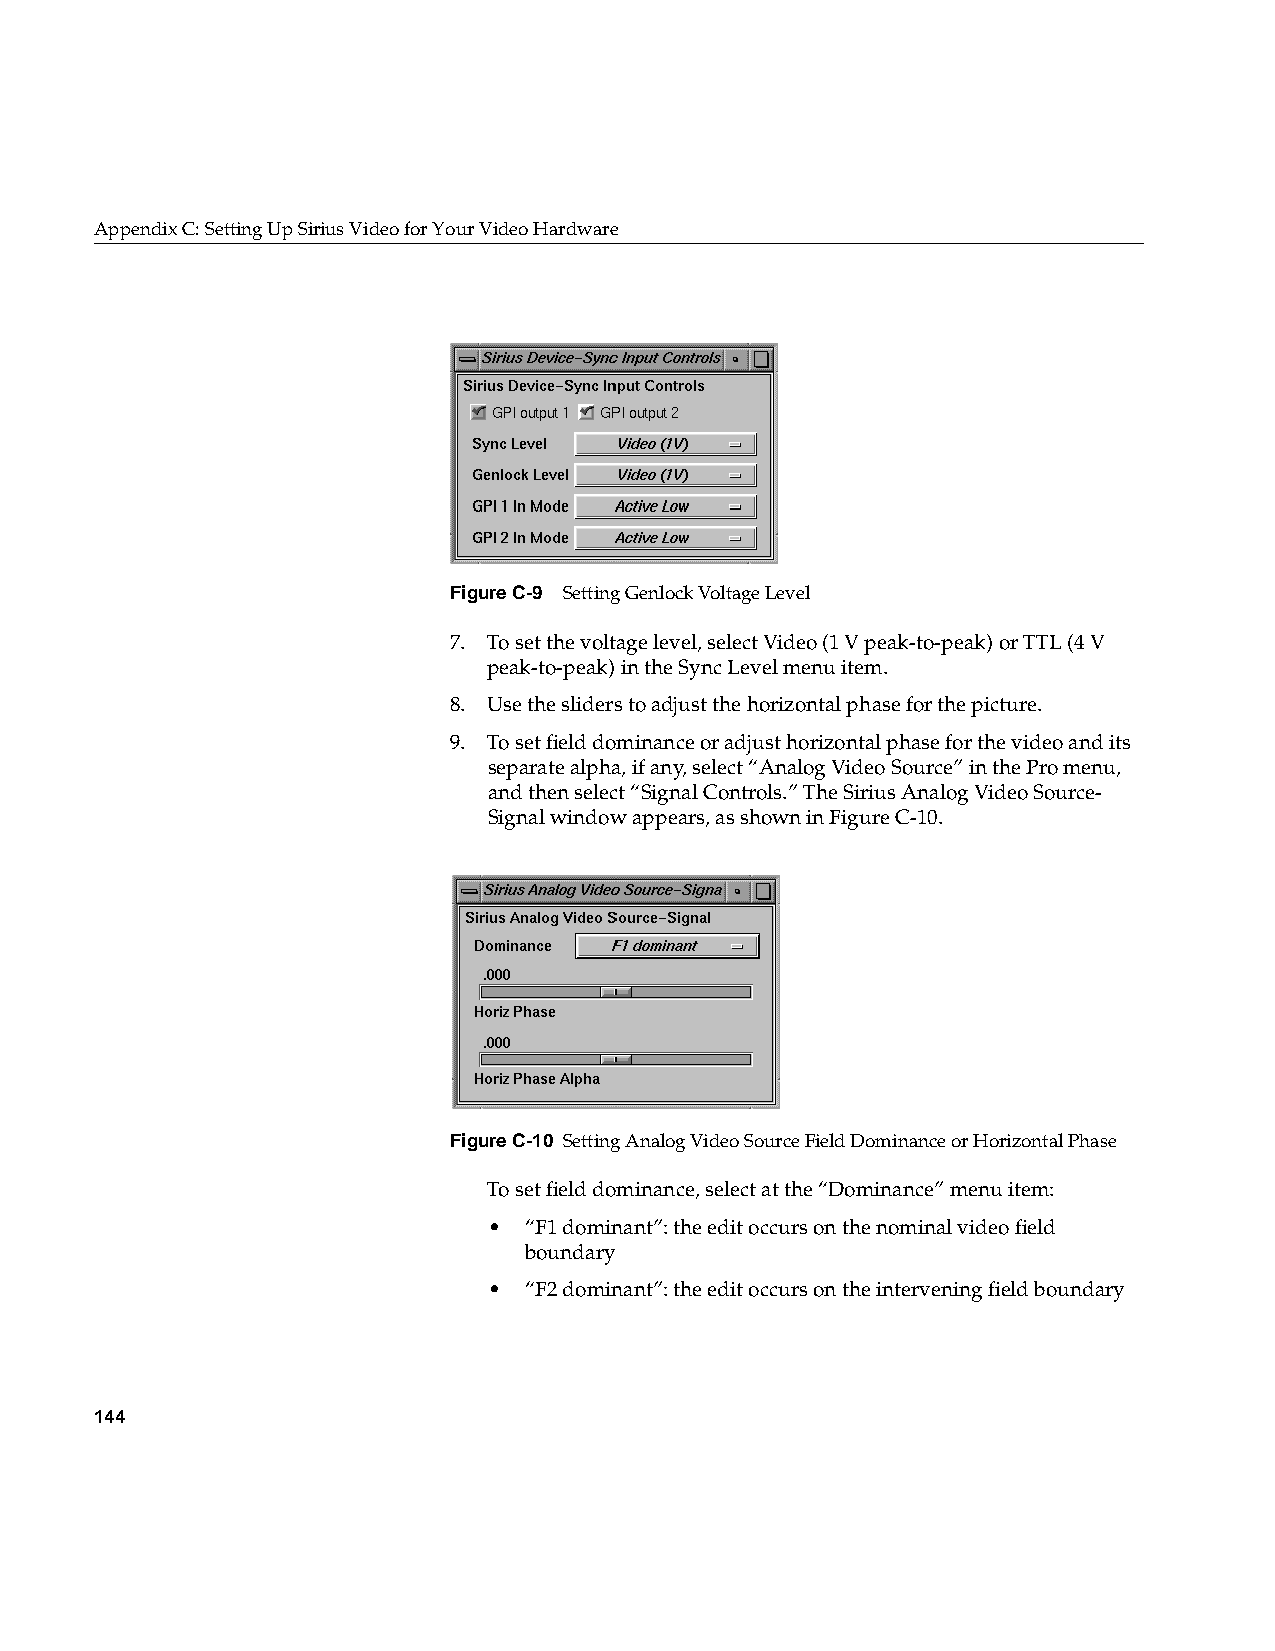
AppendixC: Setting Up Sirius Video for Your Video Hardware
 FigureC-9 Setting Genlock Voltage Level
 7. To set the voltage level, select Video (1 V peak-to-peak) or TTL (4 V
 peak-to-peak) in the Sync Level menu item.
 8. Use the sliders to adjust the horizontal phase for the picture.
 9. To set field dominance or adjust horizontal phase for the video and its
 separate alpha, if any, select “Analog Video Source” in the Pro menu,
 and then select “Signal Controls.” The Sirius Analog Video Source-
 Signal window appears, as shown in FigureC-10.
 FigureC-10 Setting Analog Video Source Field Dominance or Horizontal Phase
 To set field dominance, select at the “Dominance” menu item:
 •  “F1 dominant”: the edit occurs on the nominal video field
 boundary
 •  “F2 dominant”: the edit occurs on the intervening field boundary
 144